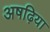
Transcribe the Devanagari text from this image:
अषढ़िया